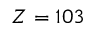
Z = 1 0 3